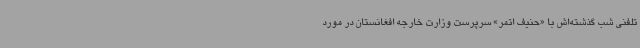
تلفنی شب گذشته‌اش با «حنیف اتمر» سرپرست وزارت خارجه افغانستان در مورد